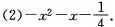
(2) $$- x ^ { 2 } - x - \frac { 1 } { 4 }$$ .